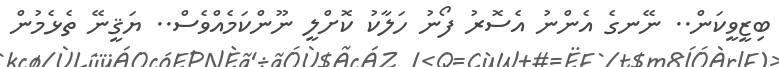
ބިޒީވީކަން.. ނޭނގެ އެންނު އެސޮރު ފޯނު ހަލާކު ކޮށްލީ ނޫންކަމެއްވެސް.. ޔަޤީނޭ ތެޅެމުން